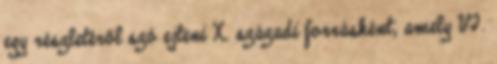
egy részletéről szó ejteni X. századi forrásként, amely VI.